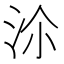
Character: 𣳅